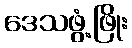
ဒေသဖွံ့ဖြိုး